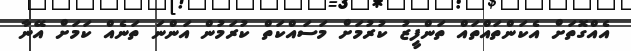
އެއްގޮތަށް އެކަންތައްތައް ތަންފީޒު ކުރުމަށް މަސައްކަތް ކުރަމުން އަންނަ ތަނެއް ކަމަށް އޭނާ